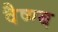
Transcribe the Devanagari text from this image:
वैष्ण्ब